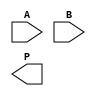
module wallace_tree_multiplier #(parameter N = 8) (
    input  wire [N-1:0] A,
    input  wire [N-1:0] B,
    output wire [2*N-1:0] P
);

    // Generate partial products
    wire [N-1:0] pp [0:N-1]; // Partial products
    genvar i, j;
    generate
        for (i = 0; i < N; i = i + 1) begin : pp_gen
            for (j = 0; j < N; j = j + 1) begin : pp_and
                assign pp[i][j] = A[i] & B[j];
            end
        end
    endgenerate

    // Wallace Tree Reduction
    wire [N-1:0] sum [0:N-1]; // Sums at each level
    wire [N-1:0] carry [0:N-1]; // Carries at each level

    // Level 1: Combine partial products using Carry-Save Adders
    generate
        for (i = 0; i < N-1; i = i + 1) begin : level1
            if (i % 3 == 0) begin
                assign {carry[i/3], sum[i/3]} = pp[i] + pp[i+1] + pp[i+2];
            end
        end
    endgenerate

    // Level 2: Continue combining until we have two sums
    wire [N-1:0] final_sum;
    wire [N-1:0] final_carry;

    generate
        for (i = 0; i < (N+2)/3; i = i + 1) begin : level2
            if (i % 2 == 0) begin
                assign {final_carry[i/2], final_sum[i/2]} = sum[i] + sum[i+1] + carry[i];
            end
        end
    endgenerate

    // Final addition using a simple adder
    wire [2*N-1:0] final_product;
    assign final_product = {final_carry[0], final_sum[0]} + {1'b0, final_sum[1]};

    // Output the final product
    assign P = final_product;

endmodule